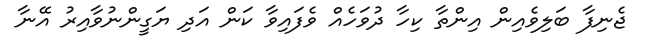
ޖެނިފާ ބަލިވެއިން އިންތާ ކިހާ ދުވަހެއް ވެފައިވާ ކަން އަދި ޔަގީންނުވާއިރު އޭނާ